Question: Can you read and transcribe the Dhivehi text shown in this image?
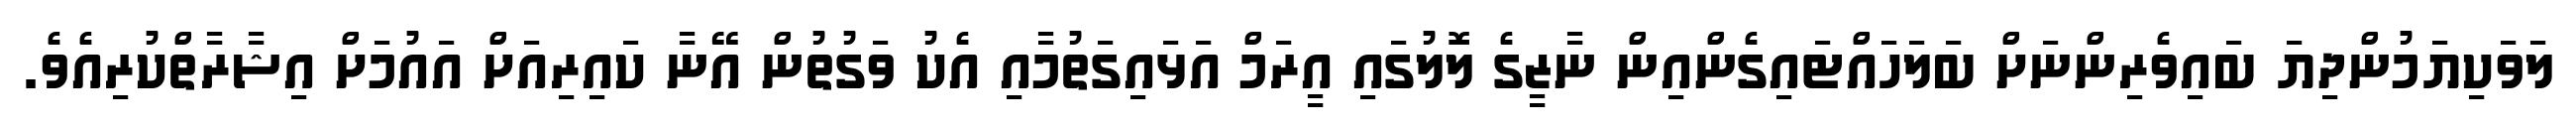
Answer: ލަވަކިޔަމުންދިޔަ ބައިވެރިންނަށް ބަލަހައްޓައިގެންއިން ނާޒީގެ ލޮލުގައި އީރަމް އަޅައިގަތުމާއި އެކު ވަގުތުން އޭނާ ކައިރިއަށް އައުމަށް އިޝާރާތްކުރިއެވެ.